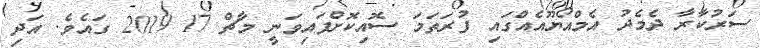
ސަރުކާރާ ދެމެދު އެމްއޯޔޫއެއްގައި ފުރަތަމަ ސޮއިކޮށްފައިވަނީ މާޗް 17 2019 ގައެވެ. އަދި